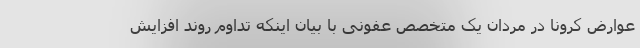
عوارض کرونا در مردان یک متخصص عفونی با بیان اینکه تداوم روند افزایش